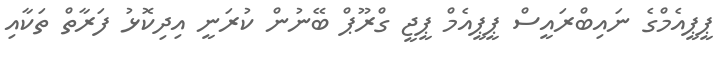
ޕީޕީއެމްގެ ނައިބްރައީސް ޕީޕީއެމް ޕީޖީ ގްރޫޕް ބޭނުން ކުރަނީ އިދިކޮޅު ފަރާތް ތަކާއި